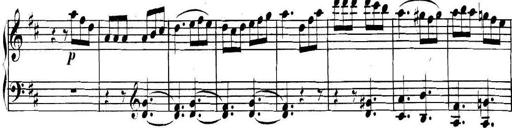
Title: Collected Piano Sonatas
Composer: Muzio Clementi